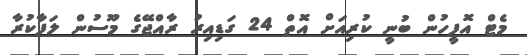
މެޓް އޮފީހުން ބުނީ ކުރިއަށް އޮތް 24 ގަޑިއިރު ރާއްޖޭގެ މޫސުން ލަފާކުރާ